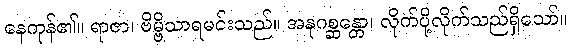
နေကုန်၏။ ရာဇာ၊ ဗိမ္ဗိသာရမင်းသည်။ အနုဂစ္ဆန္တော၊ လိုက်ပို့လိုက်သည်ရှိသော်။